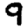
Digit: 9